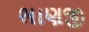
ભાણજી